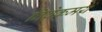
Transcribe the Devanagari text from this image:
विवेकमय